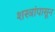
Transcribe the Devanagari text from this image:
शस्त्रांपासून